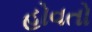
હોવતો